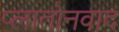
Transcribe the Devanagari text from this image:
प्लातोनवाद